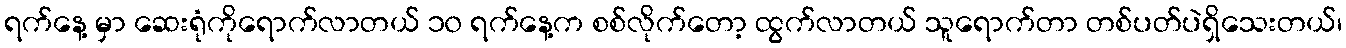
ရက်နေ့ မှာ ဆေးရုံကိုရောက်လာတယ် ၁၀ ရက်နေ့က စစ်လိုက်တော့ ထွက်လာတယ် သူရောက်တာ တစ်ပတ်ပဲရှိသေးတယ်၊